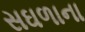
સઘળાના